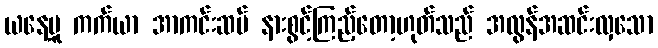
ယနေ့မူ ကက်ယာ အာကင်းဆပ် နားစွင့်ကြည့်တော့ဟုတ်သည် အလွန်အဆင်းလှသော